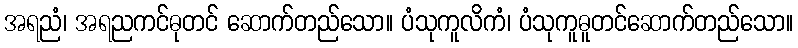
အရညံ၊ အရညကင်ဓုတင် ဆောက်တည်သော။ ပံသုကူလိကံ၊ ပံသုကူဓူတင်ဆောက်တည်သော။